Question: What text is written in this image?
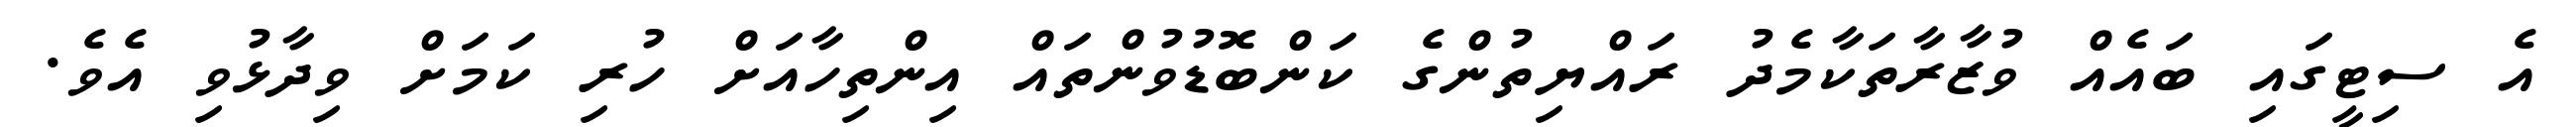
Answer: އެ ސިޓީގައި ބައެއް ވުޒާރާތަކާމެދު ރައްޔިތުންގެ ކަންބޮޑުވުންތައް އިންތިހާއަށް ހުރި ކަމަށް ވިދާޅުވި އެވެ.